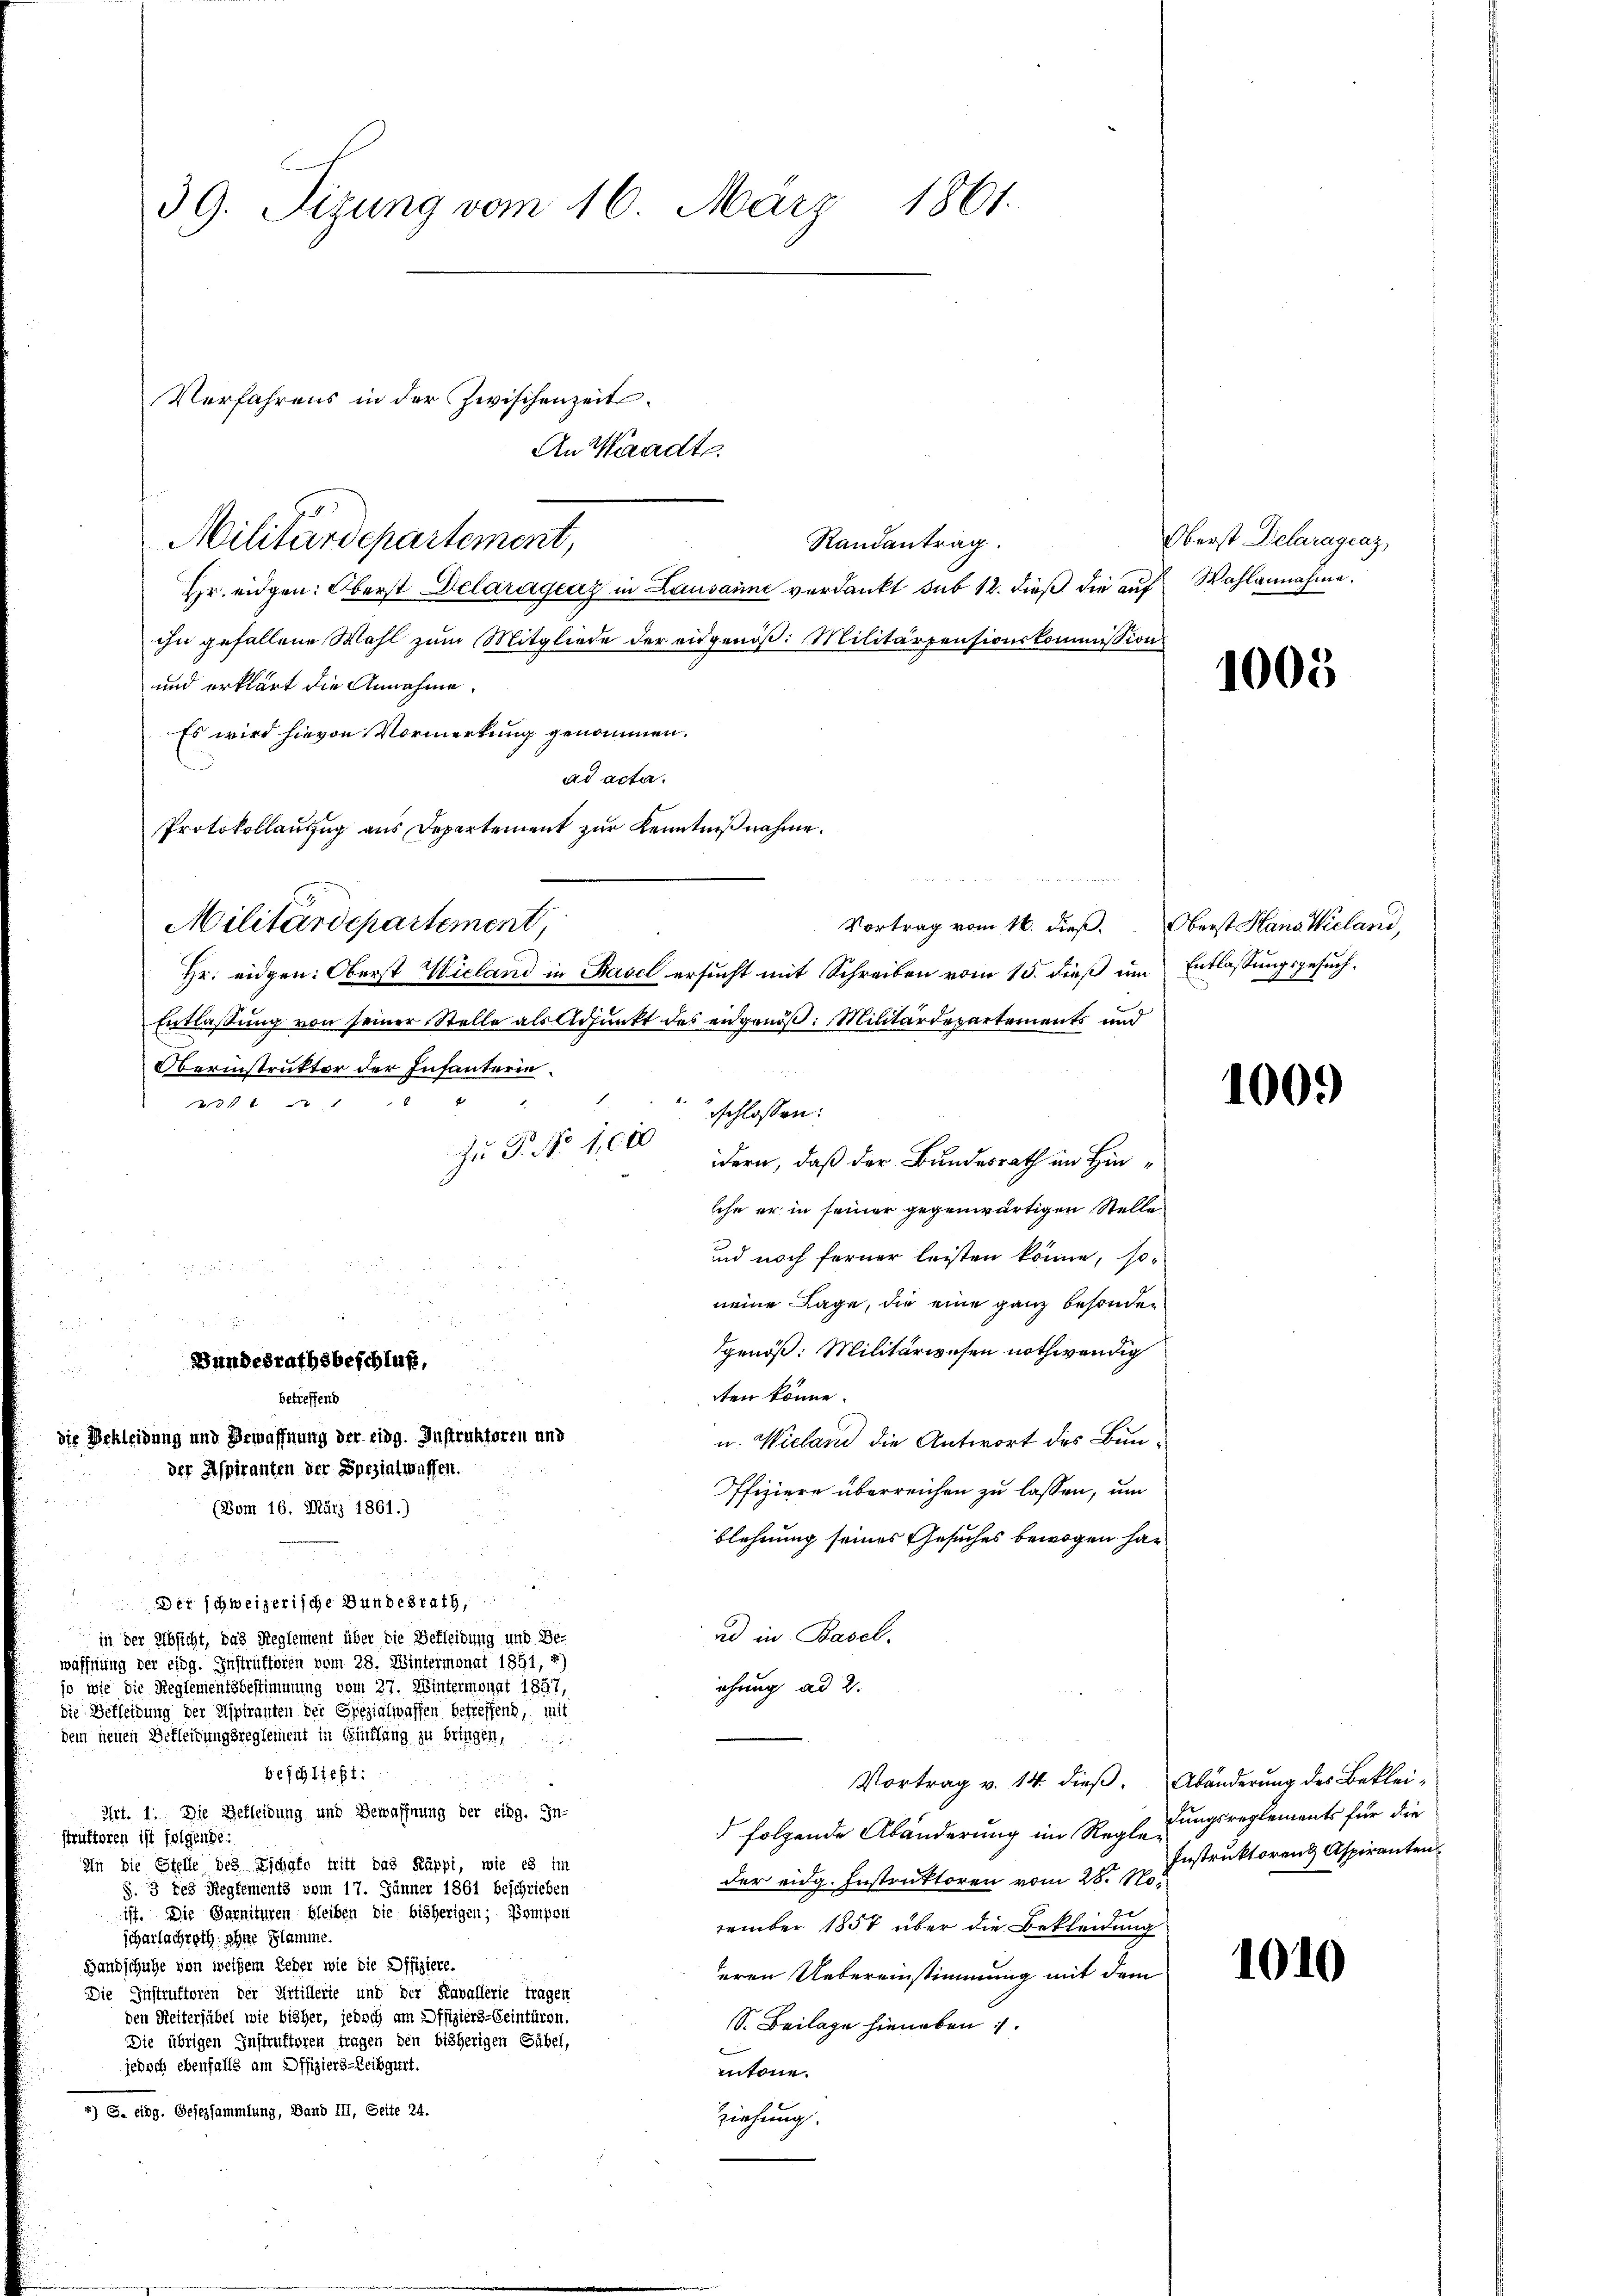
Randantrag
Hr. eidgen: Oberst Delaragraz in Lausanne verdankt sub 12. dieß die auf Wahlannahme.
ihn gefallene Wahl zum Mitgliede der eidgenöß: Militärpensionskommission
und erklärt die Annahme.
Es wird hievon Vormerkung genommen.
ad acta.
Protokollauszug aus Departement zur Kenntniß nahme.
Vortrag vom 16. dieß. Oberst Hans Wieland,
Entlassung von seiner Stelle als Adjunkt des eidgenöß: Militärdepartements und
211
lche er in seiner gegenwärtigen Stelle
und noch ferner leisten könne, so
neine Lage, die eine ganz besonder
dgenöß: Militärwesen nothwendig
Bundesrathsbeschluß,
ten könne.
betreffend
die Bekleidung und Bewaffnung der eing. Instruktoren und
u. Wieland die Antwort des Bunder Aspiranten der Spezialwassen.
Offiziere überreichen zu lassen, um
(Vom 16. März 1861.)
blehnung seines Gesuches bewogen han
Der schweizerische Bundesrath,
ad in Basel.
in der Absicht, das Reglement über die Befleidung und Be-
waffnung der eing. Instruktoren vom 28. Wintermonat 1851, 4
ehung ad 2.
jo wie die Reglementsbestimmung vom 27. Wintermonat 1857,
die Bekleidung der Aspiranten der Spezialwaffen betreffend, mit
dem neuen Bekleidungsreglement in Einklang zu bringen,
beschließt:
Vortrag v. 14. dieß. Abänderung des Beklei¬
Art. 1. Die Bekleidung und Bewaffnung der eing. In-
 folgende Abänderung im Reglei
struktoren ist folgende:
In die Stelle des Eschaft tritt das Käppi, wie es im
der eidg. Instruktoren vom 28t J. Instruktoren & Aspiranten¬
§. 3 des Reglements vom 17. Jänner 1861 beschrieben
ist. Die Garnituren bleiben die bisherigen; Kompen
vember 1857 über die Bekleidung
scharlachroth ohne Flamme.
Bandschuhe von weisem Leder wie die Offiziere.
eren Uebereinstimmung mit dem
Die Instruktoren der Artillerie und der Kavallerie tragen
den Reiterhübel wie bisher, jedoch am Offiziers-Seintüren.
S. Beilage hieneben
Die übrigen Instruktoren tragen den bisherigen Gabel,
jedoch ebenfalls am Offiziers-Leibgurt.
entöne.
*) S. eidg. Gesezsammlung, Band III, Seite 24.
Ziehung.

39. Sizung vom 16. März 1861.

Verfahrens in der Zwischenzeit
Militärdepartement,

Militärdepartement,
Hr. eidgen: Oberst Wieland in Basel ersucht mit Schreiben vom 15. dieß um Entlassungsgesuch¬

Oberinstruktor der Infanteried
Zu P. Nr. 1000

An Waadt

schlossen:
idern, daß der Bundesrath im Hin¬

Oberst Delaragraz,

1005

1009

dungsreglements für die

1010